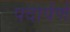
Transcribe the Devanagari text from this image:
पदार्पर्ण